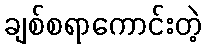
ချစ်စရာကောင်းတဲ့